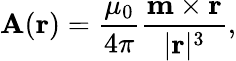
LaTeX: \mathbf{A}(\mathbf{r})={\frac{\mu_{0}}{4\pi}}{\frac{\mathbf{m}\times\mathbf{r}}{|\mathbf{r}|^{3}}},